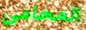
المحامى